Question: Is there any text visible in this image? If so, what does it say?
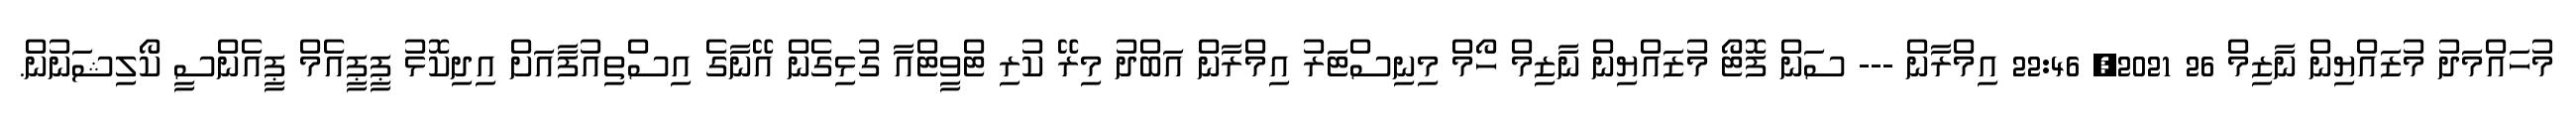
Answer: މުހައްމަދު މުޒައްޔިން ނާޒިމް 26 2021, 22:46 އިމްރާން --- ސަން ފޮޓޯ މުޒައްޔިން ނާޒިމް ހޯމް މިނިސްޓަރު އިމްރާން އަބްދު މިރޭ ކުރި ޓްވީޓްއާ ގުޅިގެން އޭނާގެ އިސްތިއުފާއަށް އިދިކޮޅު ޕީޕީއެމް ޕީއެންސީ ކޯލިޝަނުން.